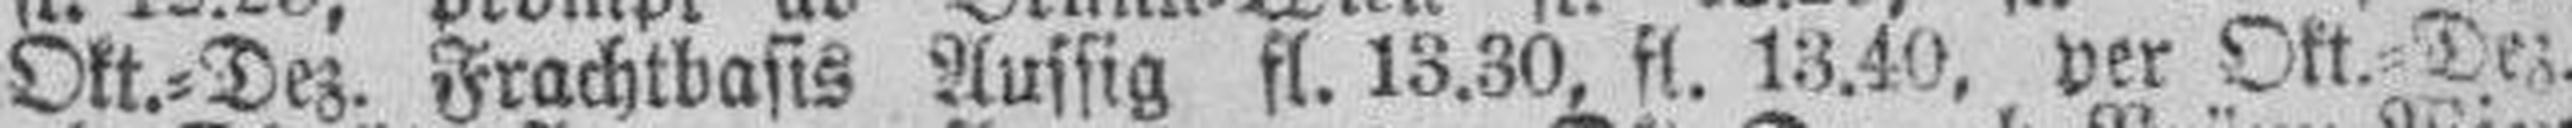
Okt.=Dez. Frachtbasis Aussig fl. 13.30, fl. 13.40, per Okt.=Dez.